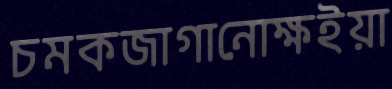
চমকজাগানোক্ষইয়া